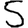
Digit: 5